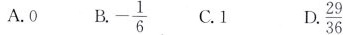
A.0 $$B. - \frac{1}{6}$$ C.1 $$D. \frac{29}{36}$$